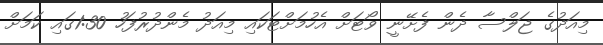
މިއަދުގެ ޖަލްސާ ދެން ފެށޭނީ ވޯޓަށް އެހުމަށްޓަކައި މިއަދު މެންދުރުފަހު 1:30ގައި ކަމަށް